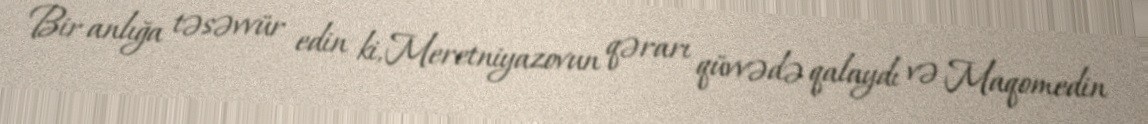
Bir anlığa təsəvvür edin ki, Meretniyazovun qərarı qüvvədə qalaydı və Maqomedin